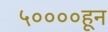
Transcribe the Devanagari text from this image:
५००००हून